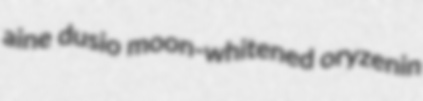
aine dusio moon-whitened oryzenin